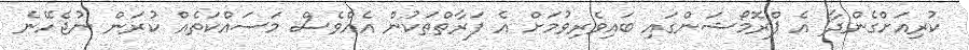
ކުރިއަށްގެންދާ އެ ޕްރޮމޯޝަންގައި ބައިވެރިވުމަށް އެ ފަރާތްތަކުން އެއްވެސް މަސައްކަތެއް ކުރަން ނުޖެހޭނެ